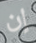
إن